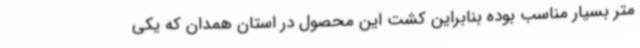
متر بسیار مناسب بوده بنابراین کشت این محصول در استان همدان که یکی